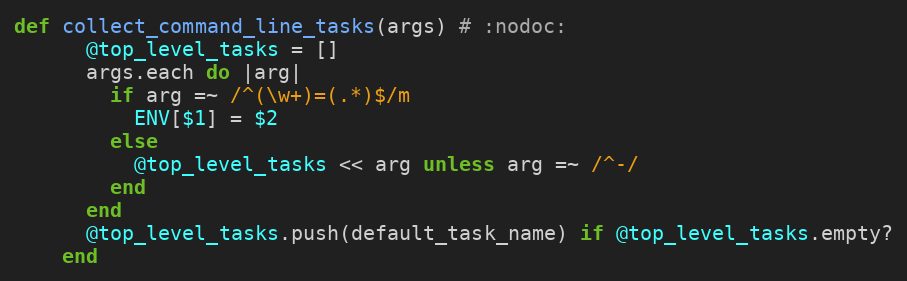
Language: Ruby
def collect_command_line_tasks(args) # :nodoc:
      @top_level_tasks = []
      args.each do |arg|
        if arg =~ /^(\w+)=(.*)$/m
          ENV[$1] = $2
        else
          @top_level_tasks << arg unless arg =~ /^-/
        end
      end
      @top_level_tasks.push(default_task_name) if @top_level_tasks.empty?
    end